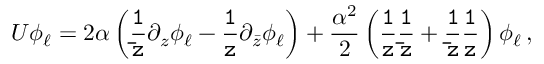
U \phi _ { \ell } = 2 \alpha \left( { \tt \frac { 1 } { \bar { z } } } \partial _ { z } \phi _ { \ell } - { \tt \frac { 1 } { z } } \partial _ { \bar { z } } \phi _ { \ell } \right) + \frac { \alpha ^ { 2 } } { 2 } \left( { \tt \frac { 1 } { z } { \tt \frac { 1 } { \bar { z } } } } + { \tt \frac { 1 } { \bar { z } } } { \tt \frac { 1 } { z } } \right) \phi _ { \ell } \, ,